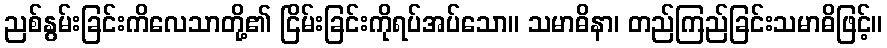
ညစ်နွမ်းခြင်းကိလေသာတို့၏ ငြိမ်းခြင်းကိုရပ်အပ်သော။ သမာဓိနာ၊ တည်ကြည်ခြင်းသမာဓိဖြင့်။